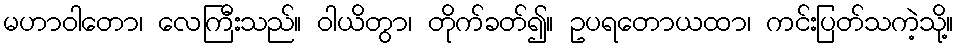
မဟာဝါတော၊ လေကြီးသည်။ ဝါယိတွာ၊ တိုက်ခတ်၍။ ဥပရတောယထာ၊ ကင်းပြတ်သကဲ့သို့။